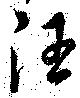
汪